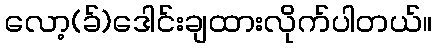
လော့(ခ်)ဒေါင်းချထားလိုက်ပါတယ်။